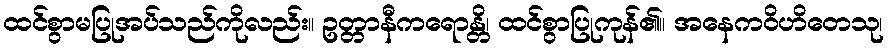
ထင်စွာမပြုအပ်သည်ကိုလည်း။ ဥတ္တာနီကရောန္တိ၊ ထင်စွာပြုကုန်၏။ အနေကဝိဟိတေသု၊